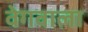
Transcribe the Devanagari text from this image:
वेगवाला